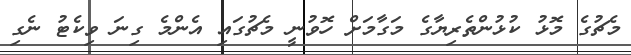
މެޗުގެ މޮޅު ކުޅުންތެރިޔާގެ މަގާމަށް ހޮވުނީ މެޗުގައި އެންމެ ގިނަ ވިކެޓު ނެގި